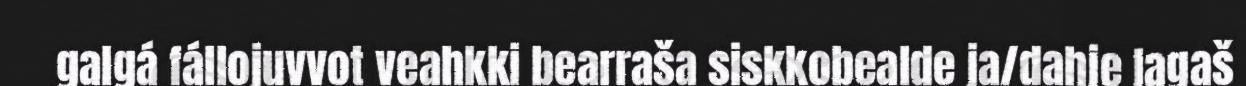
galgá fállojuvvot veahkki bearraša siskkobealde ja/dahje lagaš